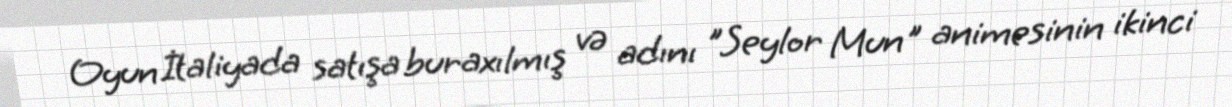
Oyun İtaliyada satışa buraxılmış və adını "Seylor Mun" animesinin ikinci